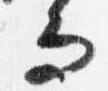
而